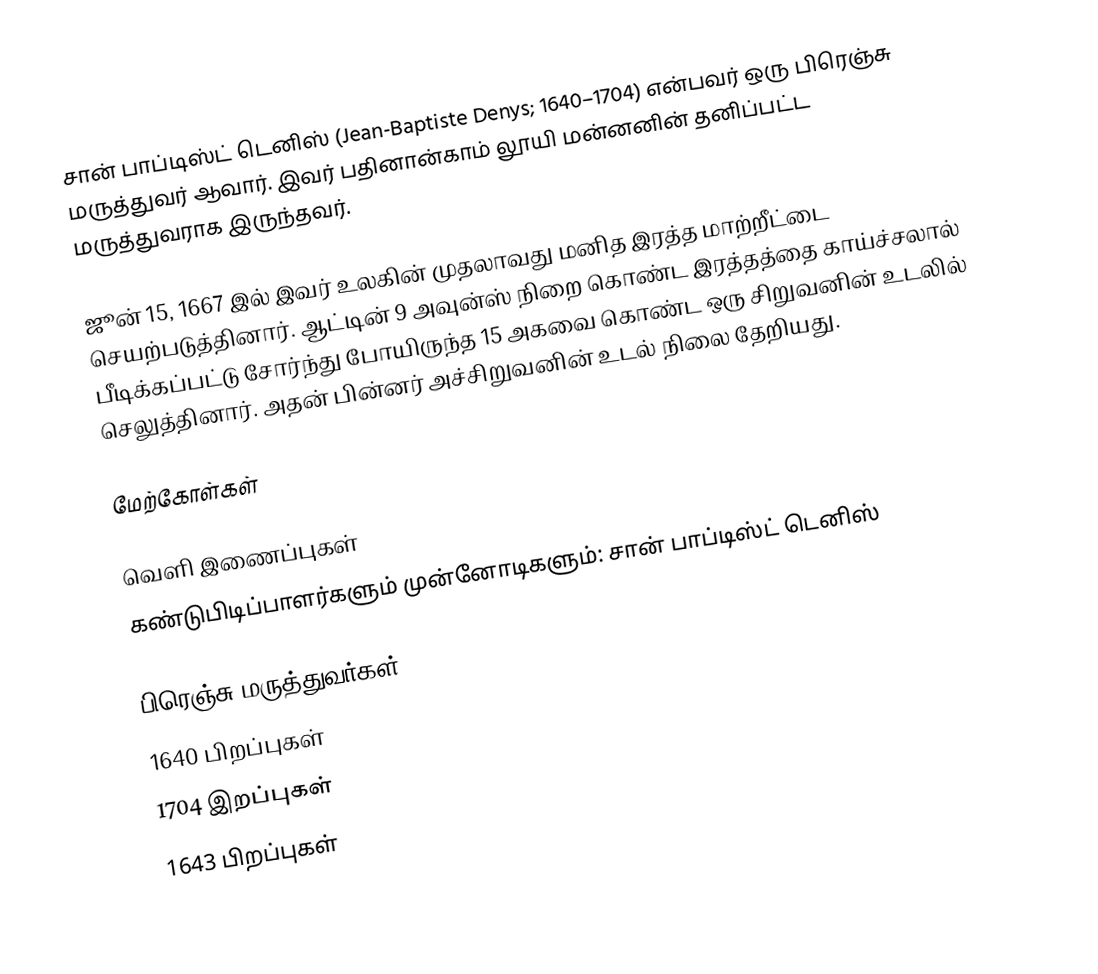
சான் பாப்டிஸ்ட் டெனிஸ் (Jean-Baptiste Denys; 1640–1704) என்பவர் ஒரு பிரெஞ்சு மருத்துவர் ஆவார். இவர் பதினான்காம் லூயி மன்னனின் தனிப்பட்ட மருத்துவராக இருந்தவர்.

ஜூன் 15, 1667 இல் இவர் உலகின் முதலாவது மனித இரத்த மாற்றீட்டை செயற்படுத்தினார். ஆட்டின் 9 அவுன்ஸ் நிறை கொண்ட இரத்தத்தை காய்ச்சலால் பீடிக்கப்பட்டு சோர்ந்து போயிருந்த 15 அகவை கொண்ட ஒரு சிறுவனின் உடலில் செலுத்தினார். அதன் பின்னர் அச்சிறுவனின் உடல் நிலை தேறியது.

மேற்கோள்கள்

வெளி இணைப்புகள்
கண்டுபிடிப்பாளர்களும் முன்னோடிகளும்: சான் பாப்டிஸ்ட் டெனிஸ்

பிரெஞ்சு மருத்துவர்கள்
1640 பிறப்புகள்
1704 இறப்புகள்
1643 பிறப்புகள்